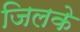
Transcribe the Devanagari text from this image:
जिलके